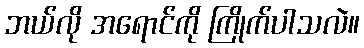
ဘယ်လို အရောင်ကို ကြိုက်ပါသလဲ။